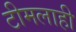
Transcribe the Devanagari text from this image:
टीमलाही